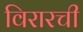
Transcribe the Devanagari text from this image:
विरारची